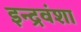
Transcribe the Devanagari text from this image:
इन्द्रवंशा